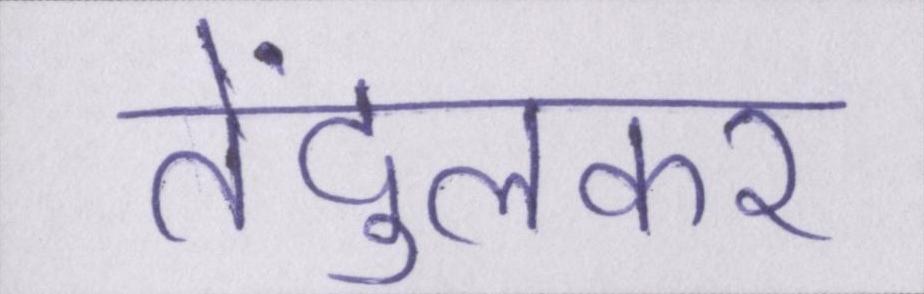
तेंदुलकर